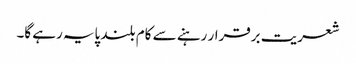
شعریت برقرار رہنے سے کام بلند پایہ رہے گا۔